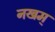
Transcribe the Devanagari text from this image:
नखम्